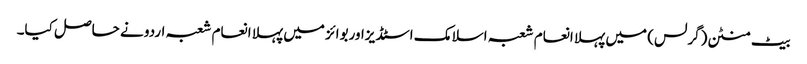
بیٹ منٹن(گرلس) میں پہلا انعام شعبہ اسلامک اسٹڈیزاوربوائز میں پہلا انعام شعبہ اردو نے حاصل کیا۔